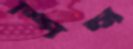
স্পিন্স